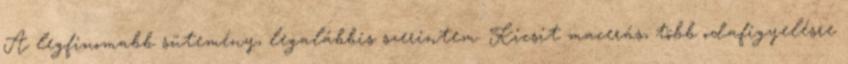
A legfinomabb sütemény, legalábbis szerintem. Kicsit macerás, több odafigyelésre